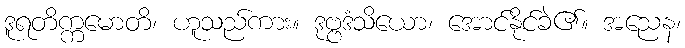
ဒူရတိက္ကမောတိ၊ ဟူသည်ကား။ ဒုဗ္ဗဒံသိယော၊ အောင်နိုင်ခဲ၏။ အညေန၊